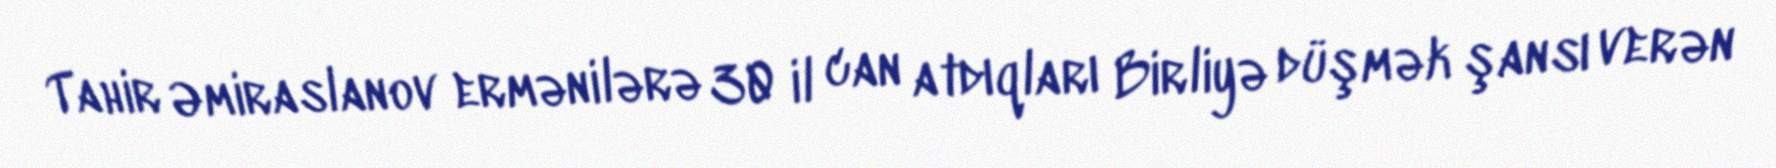
Tahir Əmiraslanov ermənilərə 30 il can atdıqları Birliyə düşmək şansı verən